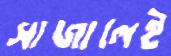
সাজালেই